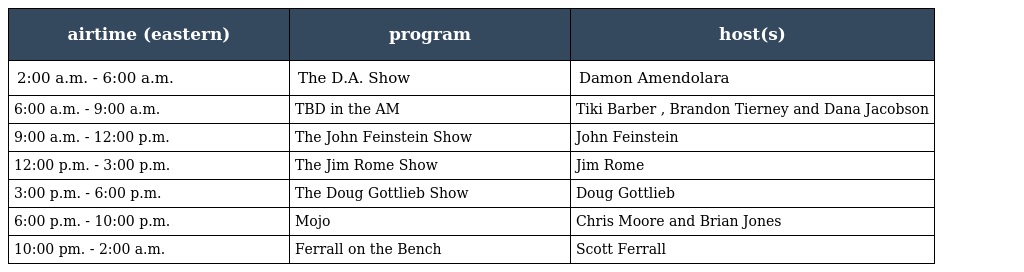
| airtime (eastern) | program | host(s) |
 | --- | --- | --- |
 | 2:00 a.m. - 6:00 a.m. | The D.A. Show | Damon Amendolara |
 | 6:00 a.m. - 9:00 a.m. | TBD in the AM | Tiki Barber , Brandon Tierney and Dana Jacobson |
 | 9:00 a.m. - 12:00 p.m. | The John Feinstein Show | John Feinstein |
 | 12:00 p.m. - 3:00 p.m. | The Jim Rome Show | Jim Rome |
 | 3:00 p.m. - 6:00 p.m. | The Doug Gottlieb Show | Doug Gottlieb |
 | 6:00 p.m. - 10:00 p.m. | Mojo | Chris Moore and Brian Jones |
 | 10:00 pm. - 2:00 a.m. | Ferrall on the Bench | Scott Ferrall |